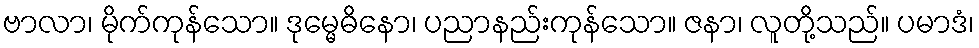
ဗာလာ၊ မိုက်ကုန်သော။ ဒုမ္မေဓိနော၊ ပညာနည်းကုန်သော။ ဇနာ၊ လူတို့သည်။ ပမာဒံ၊